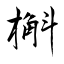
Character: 槲